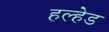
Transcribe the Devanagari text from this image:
हल्हेड